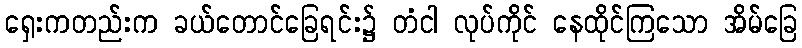
ရှေးကတည်းက ခယ်တောင်ခြေရင်း၌ တံငါ လုပ်ကိုင် နေထိုင်ကြသော အိမ်ခြေ